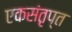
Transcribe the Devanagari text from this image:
एकसंतृप्त